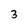
Character: 3